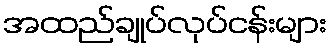
အထည်ချုပ်လုပ်ငန်းများ